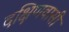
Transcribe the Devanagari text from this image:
दक्षिणवासी